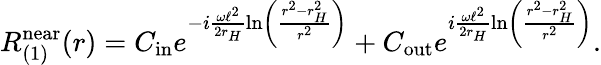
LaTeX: R_{(1)}^{\mathrm{near}}(r)=C_{\mathrm{in}}e^{-i\frac{\omega\ell^{2}}{2r_{H}}\ln\left(\frac{r^{2}-r_{H}^{2}}{r^{2}}\right)}+C_{\mathrm{out}}e^{i\frac{\omega\ell^{2}}{2r_{H}}\ln\left(\frac{r^{2}-r_{H}^{2}}{r^{2}}\right)}.